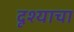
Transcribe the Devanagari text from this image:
दृश्याचा